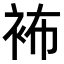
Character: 𧙛